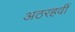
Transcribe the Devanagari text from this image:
अठरहवीं